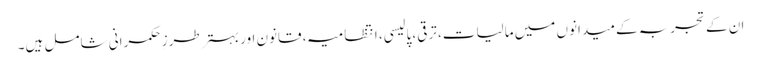
ان کے تجربہ کے میدانوں میں مالیات، ترقی، پالیسی، انتظامیہ، قانون اور بہتر طرزِ حکمرانی شامل ہیں۔